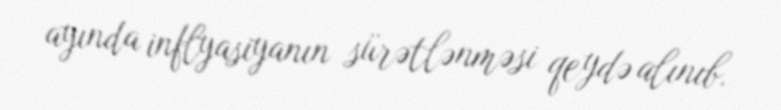
ayında inflyasiyanın sürətlənməsi qeydə alınıb.